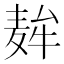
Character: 𮮇